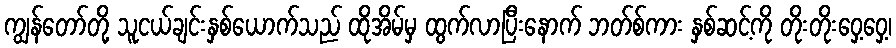
ကျွန်တော်တို့ သူငယ်ချင်းနှစ်ယောက်သည် ထိုအိမ်မှ ထွက်လာပြီးနောက် ဘတ်စ်ကား နှစ်ဆင့်ကို တိုးတိုးဝှေ့ဝှေ့၊